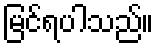
မြင်ရပါသည်။